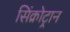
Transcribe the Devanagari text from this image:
सिंक्रोट्रान